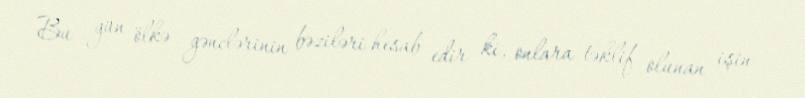
Bu gün ölkə gənclərinin bəziləri hesab edir ki, onlara təklif olunan işin